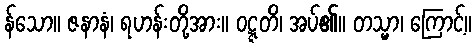
န်သော။ ဇနာနံ၊ ရဟန်းတို့အား။ ဝဋ္ဋတိ၊ အပ်၏။ တသ္မာ၊ ကြောင့်။